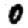
Digit: 0